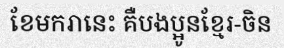
ខែមករានេះ គឺបងប្អូនខ្មែរ-ចិន